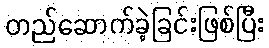
တည်ဆောက်ခဲ့ခြင်းဖြစ်ပြီး